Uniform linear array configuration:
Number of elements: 32
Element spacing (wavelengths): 0.5
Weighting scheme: exponential
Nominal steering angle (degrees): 30
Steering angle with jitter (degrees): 31.522
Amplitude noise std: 0.05
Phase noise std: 0.05

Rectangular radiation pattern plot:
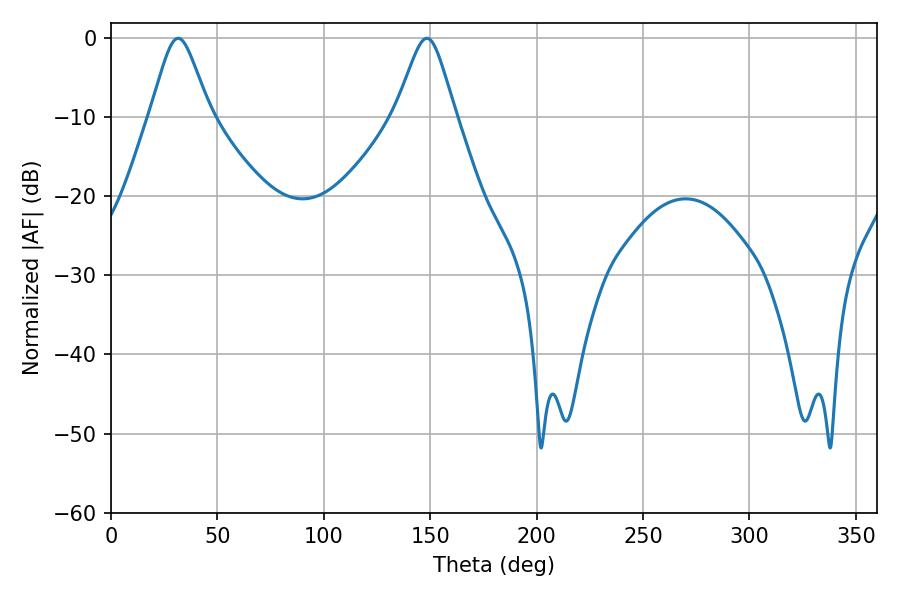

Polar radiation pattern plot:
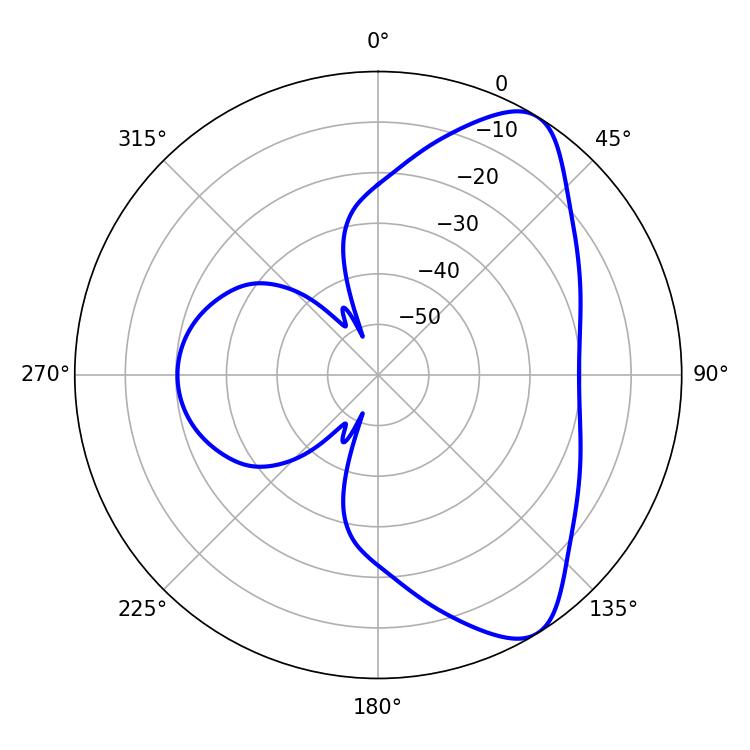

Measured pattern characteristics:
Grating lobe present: FALSE
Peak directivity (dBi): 7.967
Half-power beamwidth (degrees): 13.5
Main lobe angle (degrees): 31.5